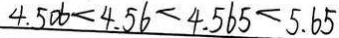
4 . 5 0 6 < 4 . 5 6 < 4 . 5 6 5 < 5 . 6 5